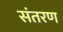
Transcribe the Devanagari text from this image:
संतरण